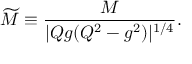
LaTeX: \widetilde { M } \equiv \frac { M } { | Q g ( Q ^ { 2 } - g ^ { 2 } ) | ^ { 1 / 4 } } .